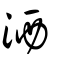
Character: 洒